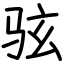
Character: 𫠊